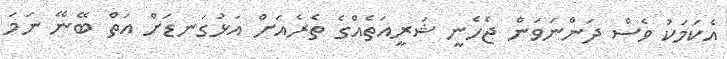
އެކަމަކު ވެސް ދަންނަވަން ޖެހެނީ ޝަރީއަތެއްގެ ތެރެއަށް އަޅުގަނޑަށް އަތް ބޭނޭ ނަމަ